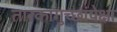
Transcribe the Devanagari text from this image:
तारकागुच्छांपेक्षा